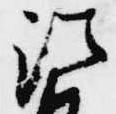
法